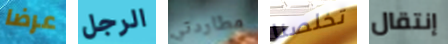
عرضا الرجل مطاردتي تخلصنا إنتقال